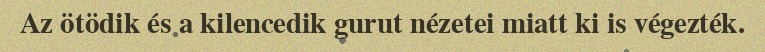
Az ötödik és a kilencedik gurut nézetei miatt ki is végezték.